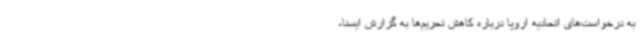
به درخواست‌های اتحادیه اروپا درباره کاهش تحریم‌ها به گزارش ایسنا،